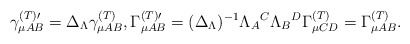
\begin{align*}\gamma _{\mu AB}^{{\footnotesize (T)}\prime }{}=\Delta _{{\small \Lambda }}\gamma _{\mu AB}^{{\footnotesize (T)}}{},\Gamma _{\mu AB}^{{\footnotesize (T)}\prime }{}=(\Delta _{{\small \Lambda }})^{-1}\Lambda_{A}{}^{C}\Lambda _{B}{}^{D}\Gamma _{\mu CD}^{{\footnotesize (T)}}{}=\Gamma_{\mu AB}^{{\footnotesize (T)}}{}. \end{align*}